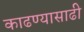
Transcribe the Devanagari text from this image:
काढण्यासाढी